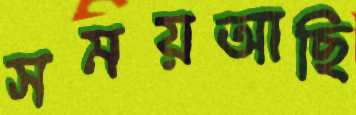
সময়আছি